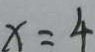
x = 4